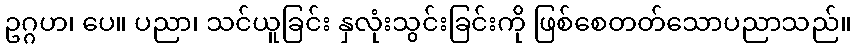
ဥဂ္ဂဟ၊ ပေ။ ပညာ၊ သင်ယူခြင်း နှလုံးသွင်းခြင်းကို ဖြစ်စေတတ်သောပညာသည်။